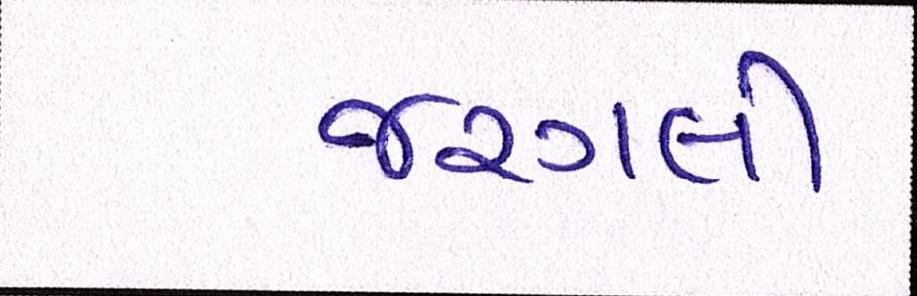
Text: જરગલી